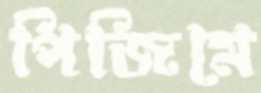
পিজিমে